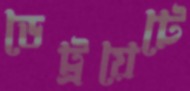
ডেট্রয়েটে